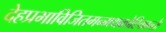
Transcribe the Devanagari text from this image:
देहप्रभाविजितमन्मथकोटिकान्तेः